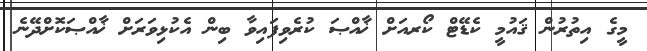
މީގެ އިތުރުން ޤައުމީ ކެޑޭޓް ކޯރއަށް ޚާއްޞަ ކުރެވިފައިވާ ބިން އެކުޅިވަރަށް ޚާއްޞަކޮށްދޭނެ